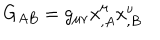
LaTeX: G _ { A B } = g _ { \mu \nu } x _ { , A } ^ { \mu } x _ { , B } ^ { \nu }